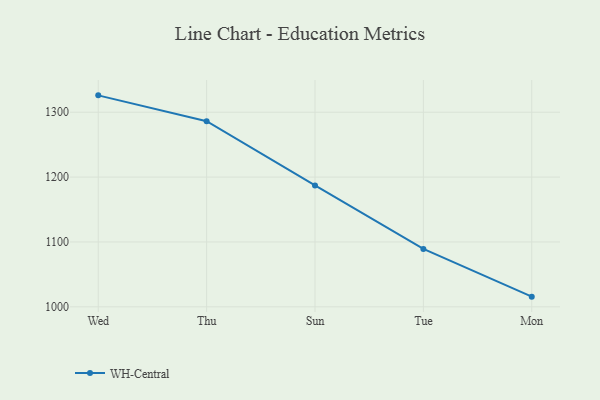
{"axis": {"x": "Day", "y": "Conversion Rate (%)"}, "legend": ["WH-Central"], "data": [{"x": "Wed", "y": 1326.0, "type": "WH-Central"}, {"x": "Thu", "y": 1286.2, "type": "WH-Central"}, {"x": "Sun", "y": 1187.1, "type": "WH-Central"}, {"x": "Tue", "y": 1089.3, "type": "WH-Central"}, {"x": "Mon", "y": 1015.7, "type": "WH-Central"}]}